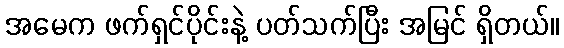
အမေက ဖက်ရှင်ပိုင်းနဲ့ ပတ်သက်ပြီး အမြင် ရှိတယ်။